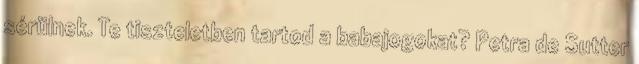
sérülnek. Te tiszteletben tartod a babajogokat? Petra de Sutter